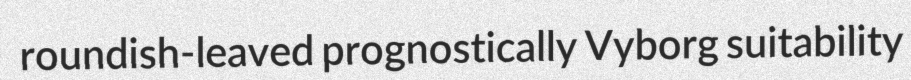
roundish-leaved prognostically Vyborg suitability